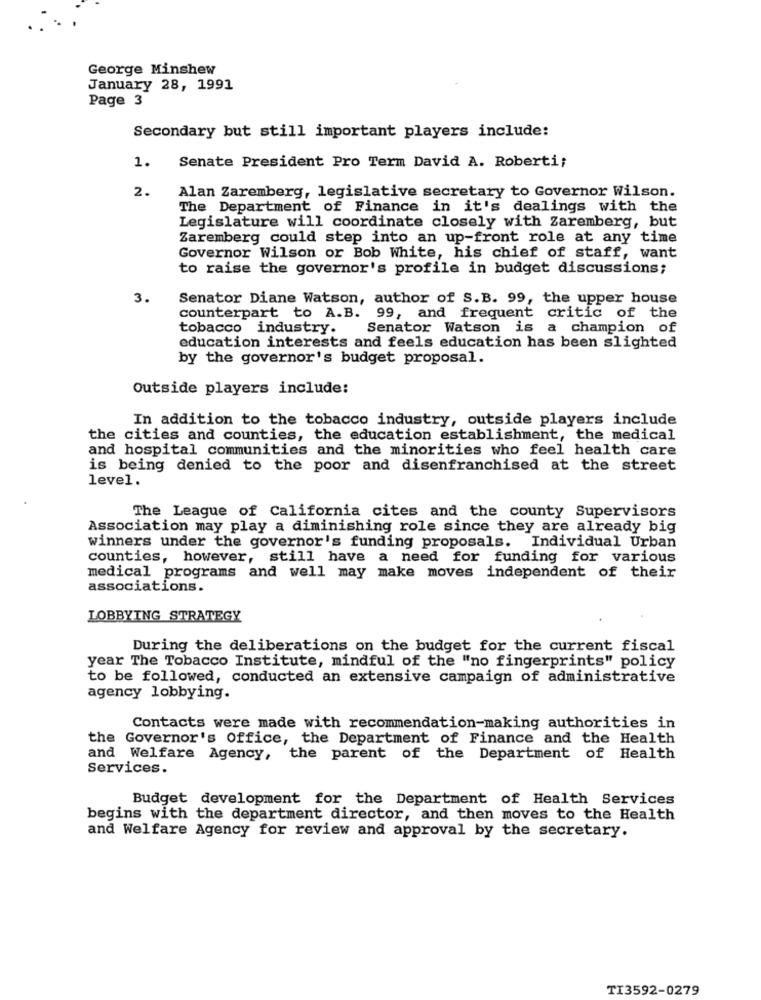
George Minshew
January 28, 1991
Page 3
Secondary but still important players include:
1.
Senate President Pro Term David A. Roberti;
2.
Alan Zaremberg, legislative secretary to Governor Wilson.
The Department of Finance in it's dealings with the
Legislature will coordinate closely with Zaremberg, but
Zaremberg could step into an up-front role at any time
Governor Wilson or Bob White, his chief of staff, want
to raise the governor's profile in budget discussions;
3.
Senator Diane Watson, author of S.B. 99, the upper house
counterpart to A.B. 99, and frequent critic of the
tobacco industry.
Senator Watson is a champion of
education interests and feels education has been slighted
by the governor's budget proposal.
Outside players include:
In addition to the tobacco industry, outside players include
the cities and counties, the education establishment, the medical
and hospital communities and the minorities who feel health care
is being denied to the poor and disenfranchised at the street
level.
The League of California cites and the county Supervisors
Association may play a diminishing role since they are already big
winners under the governor's funding proposals. Individual Urban
counties, however, still have a need for funding for various
medical programs and well may make moves independent of their
associations.
LOBBYING STRATEGY
During the deliberations on the budget for the current fiscal
year The Tobacco Institute, mindful of the "no fingerprints" policy
to be followed, conducted an extensive campaign of administrative
agency lobbying.
Contacts were made with recommendation-making authorities in
the Governor's Office, the Department of Finance and the Health
and Welfare Agency, the parent of the Department of Health
Services.
Budget development for the Department of Health Services
begins with the department director, and then moves to the Health
and Welfare Agency for review and approval by the secretary.
TI3592-0279